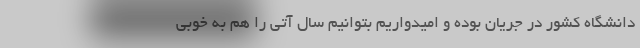
دانشگاه کشور در جریان بوده و امیدواریم بتوانیم سال آتی را هم به خوبی